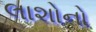
લાશોનો